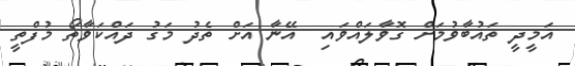
ޣަމީދީ ތައުބާވުމަށް ގޮވާލައްވައި  އޭނާ އަށް ތެދު މަގު ދައްކަވާތޯ މުފްތީ